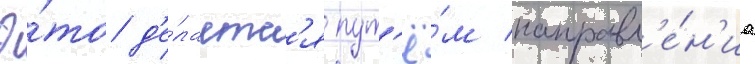
Э́то д'е́лаетс'я пут'ё́м направл'е́н'иа